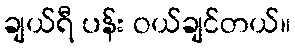
ချယ်ရီ ပန်း ဝယ်ချင်တယ်။